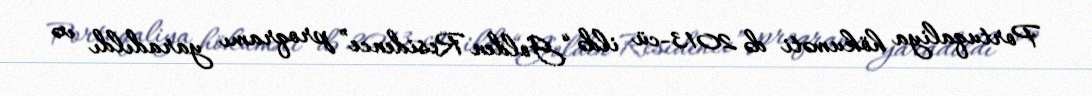
Portuqaliya hökuməti də 2013-cü ildə “Golden Residence” proqramı yaradıldı və